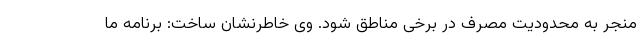
منجر به محدودیت مصرف در برخی مناطق شود. وی خاطرنشان ساخت: برنامه ما